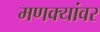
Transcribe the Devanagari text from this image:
मणक्यांवर